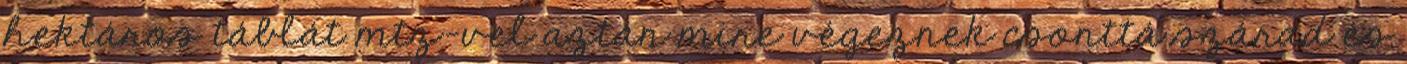
hektáros táblát mtz-vel aztán mire végeznek csonttá szárad és